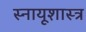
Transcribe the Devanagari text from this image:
स्नायूशास्त्र